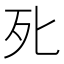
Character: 𭭽